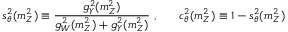
s _ { \theta } ^ { 2 } ( m _ { Z } ^ { 2 } ) \equiv \frac { g _ { Y } ^ { 2 } ( m _ { Z } ^ { 2 } ) } { g _ { W } ^ { 2 } ( m _ { Z } ^ { 2 } ) + g _ { Y } ^ { 2 } ( m _ { Z } ^ { 2 } ) } ~ , ~ ~ ~ ~ ~ c _ { \theta } ^ { 2 } ( m _ { Z } ^ { 2 } ) \equiv 1 - s _ { \theta } ^ { 2 } ( m _ { Z } ^ { 2 } )